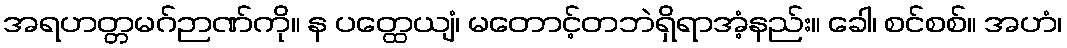
အရဟတ္တမဂ်ဉာဏ်ကို။ န ပတ္ထေယျံ၊ မတောင့်တဘဲရှိရာအံ့နည်း။ ခေါ၊ စင်စစ်။ အဟံ၊